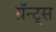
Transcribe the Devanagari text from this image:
ग्रॅन्ट्‍स